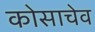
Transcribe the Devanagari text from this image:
कोसाचेव